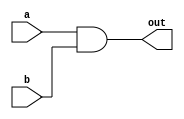
`timescale 1ns/1ps
module AND(a, b, out);
    input a, b;
    output out;
    wire ab;
    nand n1(ab, a, b);
    nand n2(out, ab, ab);
endmodule

module XOR(a, b, out);
    input a, b;
    output out;
    wire nand_ab, nand_aba, nand_abb;
    nand n1(nand_ab, a, b);
    nand n2(nand_aba, nand_ab, a);
    nand n3(nand_abb, nand_ab, b);
    nand n4(out, nand_aba, nand_abb);
endmodule

module OR(a, b, out);
    input a, b;
    output out;
    wire _a, _b;
    NOT n1(a, _a);
    NOT n2(b, _b);
    nand n3(out, _a, _b);
endmodule

module NOT(a, out);
    input a;
    output out;
    nand n1(out, a, a);
endmodule

module Majority(a, b, c, out);
    input a, b, c;
    output out;
    wire w1, w2, w3, w4;
    AND a1(a, b, w1);
    AND a2(b, c, w4);
    AND a3(a, c, w2);
    OR o1(w1, w2, w3);
    OR o2(w3, w4, out);
endmodule

module Half_Adder(a, b, cout, sum);
    input a, b;
    output cout, sum;
    AND a1(a, b, cout);
    XOR x1(a, b, sum);
endmodule

module Full_Adder (a, b, cin, cout, sum);
    input a, b, cin;
    output cout, sum;
    wire xor_ab;
    Majority m1(a, b, cin, cout);
    XOR x1(a, b, xor_ab);
    XOR x2(cin, xor_ab, sum);
endmodule